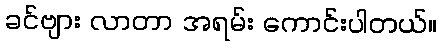
ခင်ဗျား လာတာ အရမ်း ကောင်းပါတယ်။